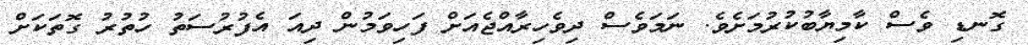
ގޮނޑި ވެސް ކާމިޔާބުކުރުމަށެވެ. ނަމަވެސް ދިވެހިރާއްޖެއަށް ފަހިވަމުން ދިއަ އެފުރުސަތު ހުތުރު ގޮތަކަށް